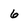
Character: 6